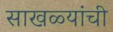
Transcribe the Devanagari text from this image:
साखळ्यांची